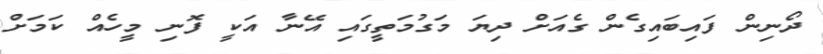
ދޯނިން ފައިބައިގެން ގެއަށް ދިޔަ މަގުމަތީގައި އޭނާ އަކީ ފޮނި މީހެއް ކަމަށް